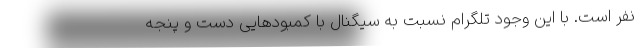
نفر است. با این وجود تلگرام نسبت به سیگنال با کمبودهایی دست و پنجه